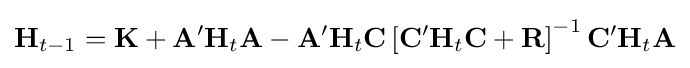
\mathbf {H} _{t-1}=\mathbf {K} +\mathbf {A} '\mathbf {H} _{t}\mathbf {A} -\mathbf {A} '\mathbf {H} _{t}\mathbf {C} \left[\mathbf {C} '\mathbf {H} _{t}\mathbf {C} +\mathbf {R} \right]^{-1}\mathbf {C} '\mathbf {H} _{t}\mathbf {A}